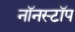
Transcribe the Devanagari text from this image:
नॉनस्‍टॉप